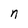
Character: n